Scientific memoirs by medical officers of the Army of India - Part VI,
Year: 1891
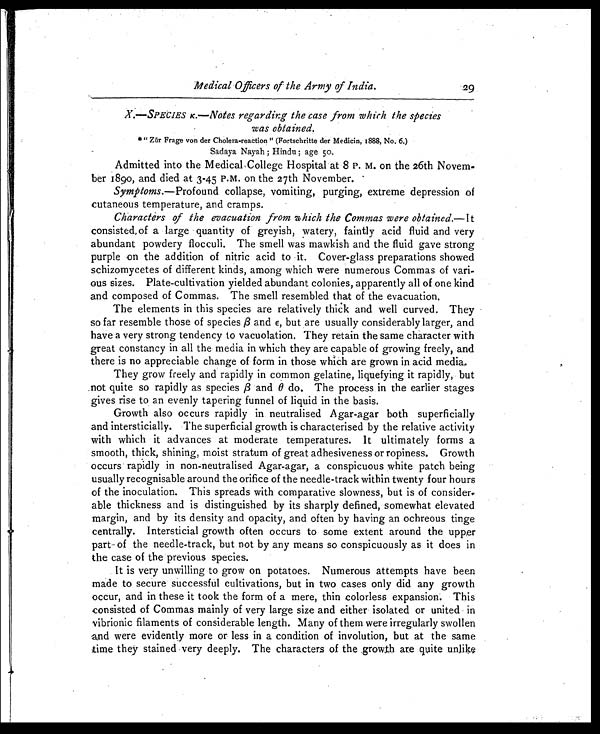
Medical Officers of the Army of India.
X.—SPECIES K.—Notes regarding the case from which the species
was obtained.
*" Zur Frage von der Cholera-reaction " (Fortschritte der Medicin, 1888, No. 6.)
Sadaya Nayah ; Hindu ; age. 5o.
Admitted into the Medical,College Hospital at 8 P. M. on the 26th Novem-
ber 189o, and died at 3-45 P.M. on the 27th November.
Symptoms. —Profound collapse, vomiting, purging, extreme depression of
cutaneous temperature, and cramps.
Characters of the evacuation from which the Commas were obtained.— It
consisted, of a large quantity of greyish, watery, faintly acid fluid and very
abundant powdery flocculi. The smell was mawkish and the fluid gave strong
purple on the addition of nitric acid to it. Cover-glass preparations showed
schizomycetes of different kinds, among which were numerous Commas of vari-
ous sizes. Plate-cultivation yielded abundant colonies, apparently all of one kind
and composed of Commas. The smell resembled that of the evacuation.
The elements in this species are relatively thick and well curved. They
so far resemble those of species ß and Є, but are usually considerably larger, and
have a very strong tendency to vacuolation. They retain the same character with
great constancy in all the media in which they are capable of growing freely, and
there is no appreciable change of form in those which are grown in acid media.
They grow freely and rapidly in common gelatine, liquefying it rapidly, but
.not quite so rapidly as species ß and θ do. The process in the earlier stages
gives rise to an evenly tapering funnel of liquid in the basis.
Growth also occurs rapidly in neutralised Agar-agar both superficially
and intersticially. The superficial growth is characterised by the relative activity
with which it advances at moderate temperatures. It ultimately forms a
smooth, thick, shining, moist stratum of great adhesiveness or ropiness. Growth
occurs rapidly in non-neutralised Agar-agar, a conspicuous white patch being
usually recognisable around the orifice of the needle-track within twenty four hours
of the inoculation. This spreads with comparative slowness, but is of consider-
able thickness and is distinguished by its sharply defined, somewhat elevated
margin, and by its density and opacity, and often by having an ochreous tinge
centrally. Intersticial growth often occurs to some extent around the upper
part of the needle-track, but not by any means so conspicuously as it does in
the case of the previous species.
It is very unwilling to grow on potatoes. Numerous attempts have been
made to secure successful cultivations, but in two cases only did any growth
occur, and in these it took the form of a mere, thin colorless expansion. This
consisted of Commas mainly of very large size and either isolated or united in
vibrionic filaments of considerable length. Many of them were irregularly swollen
and were evidently more or less in a condition of involution, but at the same
time they stained very deeply. The characters of the .growth are quite unlike
29